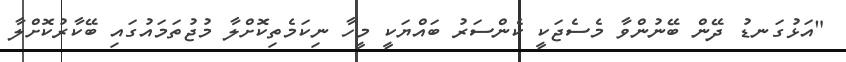
"އަޅުގަނޑު ދޭން ބޭނުންވާ މެސެޖަކީ ކެންސަރު ބައްޔަކީ މީހާ ނިކަމެތިކޮށްލާ މުޖުތަމައުގައި ބޭކާރުކޮށްލާ